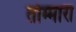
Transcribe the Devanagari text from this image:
तोम्मारा